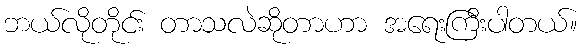
ဘယ်လိုတိုင်း တာသလဲဆိုတာဟာ အရေးကြီးပါတယ်။